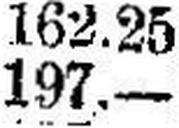
197.—